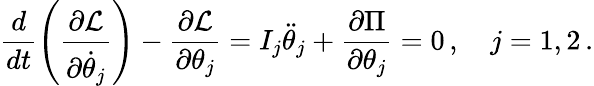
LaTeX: \frac{d}{dt}\left(\frac{\partial\mathcal{L}}{\partial\dot{\theta}_{j}}\right)-\frac{\partial\mathcal{L}}{\partial\theta_{j}}=I_{j}\ddot{\theta}_{j}+\frac{\partial\Pi}{\partial\theta_{j}}=0\, ,\quad j=1,2\, .